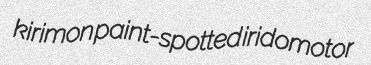
kirimon paint-spotted iridomotor